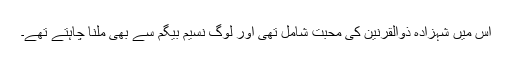
اس میں شہزادہ ذوالقرنین کی محبت شامل تھی اور لوگ نسیم بیگم سے بھی ملنا چاہتے تھے۔